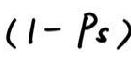
$(1 - P_s)$